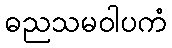
ဓညသမဝါပကံ